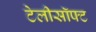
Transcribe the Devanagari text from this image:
टेलीसॉफ्ट